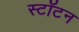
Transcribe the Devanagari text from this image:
स्टॉटन